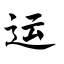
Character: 运